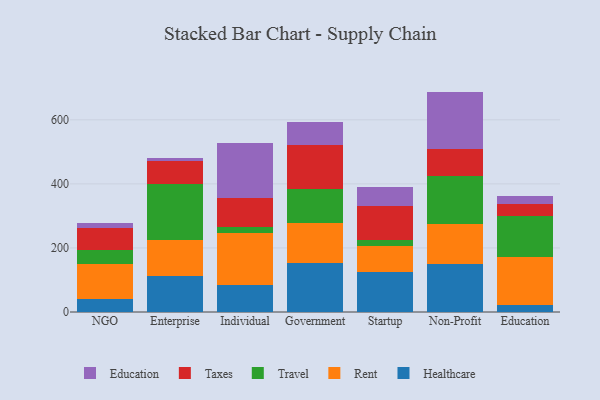
{"axis": {"x": "Segment", "y": "Active Users"}, "legend": ["Education", "Healthcare", "Rent", "Taxes", "Travel"], "data": [{"x": "NGO", "y": 39.6, "type": "Healthcare"}, {"x": "NGO", "y": 110.3, "type": "Rent"}, {"x": "NGO", "y": 42.8, "type": "Travel"}, {"x": "NGO", "y": 70.3, "type": "Taxes"}, {"x": "NGO", "y": 14.5, "type": "Education"}, {"x": "Enterprise", "y": 111.5, "type": "Healthcare"}, {"x": "Enterprise", "y": 114.5, "type": "Rent"}, {"x": "Enterprise", "y": 173.7, "type": "Travel"}, {"x": "Enterprise", "y": 70.9, "type": "Taxes"}, {"x": "Enterprise", "y": 11.4, "type": "Education"}, {"x": "Individual", "y": 84.9, "type": "Healthcare"}, {"x": "Individual", "y": 162.2, "type": "Rent"}, {"x": "Individual", "y": 19.5, "type": "Travel"}, {"x": "Individual", "y": 89.1, "type": "Taxes"}, {"x": "Individual", "y": 171.4, "type": "Education"}, {"x": "Government", "y": 151.5, "type": "Healthcare"}, {"x": "Government", "y": 125.5, "type": "Rent"}, {"x": "Government", "y": 107.1, "type": "Travel"}, {"x": "Government", "y": 137.8, "type": "Taxes"}, {"x": "Government", "y": 71.7, "type": "Education"}, {"x": "Startup", "y": 124.7, "type": "Healthcare"}, {"x": "Startup", "y": 82.0, "type": "Rent"}, {"x": "Startup", "y": 17.9, "type": "Travel"}, {"x": "Startup", "y": 107.2, "type": "Taxes"}, {"x": "Startup", "y": 59.4, "type": "Education"}, {"x": "Non-Profit", "y": 150.1, "type": "Healthcare"}, {"x": "Non-Profit", "y": 123.2, "type": "Rent"}, {"x": "Non-Profit", "y": 151.7, "type": "Travel"}, {"x": "Non-Profit", "y": 84.2, "type": "Taxes"}, {"x": "Non-Profit", "y": 178.9, "type": "Education"}, {"x": "Education", "y": 22.4, "type": "Healthcare"}, {"x": "Education", "y": 148.1, "type": "Rent"}, {"x": "Education", "y": 130.7, "type": "Travel"}, {"x": "Education", "y": 35.1, "type": "Taxes"}, {"x": "Education", "y": 25.9, "type": "Education"}]}